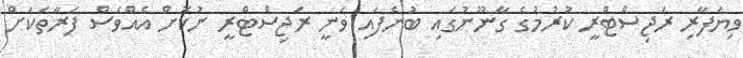
ވިޔަފާރި ރަޖިސްޓްރީ ކުރުމުގެ ގާނޫނުގައި ބުނެފައި ވަނީ ރަޖިސްޓްރީ ނުކޮށް އެއްވެސް ފަރާތަކަށް